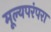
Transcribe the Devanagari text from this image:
मूल्यपरंपरा